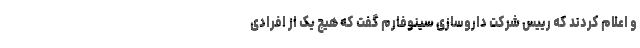
و اعلام کردند که رییس شرکت داروسازی سینوفارم گفت که هیچ یک از افرادی